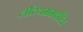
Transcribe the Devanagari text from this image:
लॅटियममधील